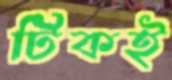
টিকই